King Institute of Preventive Medicine Micro-Biological Section reports 1909-11
Year: 1909
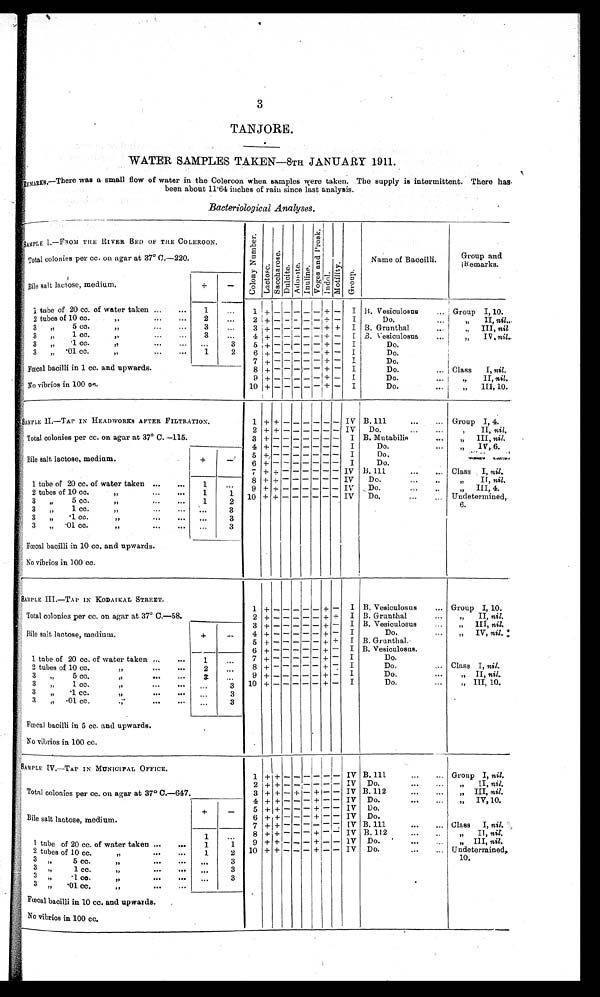
3
TANJORE.
WATER SAMPLES TAKEN—8TH JANUARY 1911.
REMARKS —There was a small flow of water in the Coleroon when samples were taken. The supply is intermittent.
There has been about 11.64 inches of rain since last analysis.
Bacteriological Analyses.
SAMPLE I.—FROM THE RIVER BED OF THE COLEROON.
C o l o n y N u m b e r .
La c t o s e . S a c c h a r o s e . Du l c i t e . Ad o n i t e . I nul i ne . V o g e s a n d P r o s k .
I ndol . Mo t i l i t y .
Gr oup.
N a m e o f B a c c i l l i .
Group and
Remarks.
Total colonies per cc. on agar at 37° C.—220.
Bile salt lactose, medium.
+
-
1 tube of 20 cc. of water taken ... ...
1
. . .
1 + - - - - - + - I B. Vesiculosus
... Group I, 10.
2 tubes of 10 cc.
„
...
2
. . .
2 + - - - - - + - I
Do.
...
„ II, nil .
3 ,, 5 cc.
„ ... ...
3
...
3 + -
-
- - - + + I B. Grunthal
„ III, nil
3 „ 1 cc.
„
3
...
4 +
-
- - - - + - I B. Vesiculosus
„ IV, nil.
3 „ .1 cc.
,,
...
... ...
3
5 + - -
- -
-
+ - I
Do.
3 „ .01 cc.
,,
...
...
1 2
6 + - - - - - + - I
Do.
7 + - - - - - + - I
Do.
Fœc a l ba c i l l i i n 1 c c . a nd upwa r ds .
8 + - - - - - + - I
Do.
... Class I, nil.
9 + - - - - - + - I
Do.
...
,, II, nil.
No vibrios in 100 cc.
10 + - - - - - + - I
Do.
„ I I I , 1 0 .
SAMPLE II.—TAP IN HEADWORKS AFTER FILTRATION.
1 +
+ - - - - - -
IV B. 111
...
... Group I, 4.
2 +
+ - - - - - - IV Do. . . .
. . . „ II, nil.
Total colonies per cc. on agar at 37° C. —115.
3 + - - - - - - - I B. Mutabilis
. . . „ III, nil.
4 + - - - - - - - I
Do.
... „ IV, 6.
Bile salt lactose, medium.
+
- 5 + - - - - - - - I
Do.
6 + - - - - - - - I
Do.
7 +
+ - - - - - - IV B. 111
... Class I, nil.
1 tube of 20 cc. of water taken ... ...
1
. . .
8 +
+ - - - - - - IV Do.
...
..
„ Il, nil.
2 tubes of 10 cc. ,, ... 1
1
9 + + - - - - - IV Do,
„ I I I , 4 .
3 „ 5 cc.
„ „
1
2 10 + + - - - - - - I V
D o . Undetermined,
6.
3 „ 1 cc. ...
„
. . .
3
3 „ .1 cc.
„ ... ...
. . .
3
3 „ .01 cc.
„ ...
. . .
3
Fœcal bacilli in 10 cc. and upwards.
No vibrios in 100 cc.
SAMPLE III.—TAP IN KODAIKAL STREET.
1 + - - - - - + - I B. Vesiculosus
... Group I, 10 .
Total colonies per cc. on agar at 37° C.—58.
2 + - - - - - + + I B. Grunthal
„ I I ,
n i l .
Bile salt lactose, medium.
+
-
3 + - - - - - + - I B. Vesiculosus
„ III, nil.
4 + - - - - - + - I
Do.
„ I V ,
n i l .
5 + -
- - - - + + I B. Grunthal.
6 + - - - - - + - I B. Vesiculosus.
1 tube 20 cc of water taken ...
...
1
. . . 7 + - - - - - + - I
Do.
2 tubes of 10 cc.
„...
...
2
. . .
8 + - - -
- - + - I
Do.
.. Class I, nil.
3 „ 5 cc.
„ . . .
. . .
3
. . .
9 + - - - - - + - I
Do.
...
„ II, nil.
3 „ 1 cc. „ . . .
. . .
. . .
3 10 + - - - - - + - I
Do.
...
„ III, 10.
3 „ .1 cc.
„
...
. . . ...
3
3 „ .01 cc.
„ ... ...
3
Fœcal bacilli in 5 cc. and upwards.
No vibrios in 100 cc.
SAMPLE IV.—TAP IN MUNICIPAL OFFICE.
1
+
+
- - - - - -
IV B. 111
...
... Group I, nil.
Total colonies per cc. on agar at 37° C.—647.
2 + + - - - - - - IV Do.
...
... „ II, nil.
3 + + - + - + - - IV B. 112
...
... „ III, nil.
Bile salt lactose, medium.
+
-
4 + + - - - + - - IV Do.
... ...
„ IV,10.
5 + + - - - + - - IV Do.
6 + + - - - + - - IV Do.
7 + + - - - - - - IV B. 111
... ... Class I, nil.
1 tube of 20 cc. of water taken ... ...
1
...
8 + + - - - + - - IV B. 112
...
..
,, II, nil.
9 + + - - - + - - I V Do.
...
„ III, nil.
2 tubes of 10 cc.
„ ... ...
1
1 10 + + - - - + - - IV Do.
... Undetermined,10.
3 „ 5 cc.
„ ... ...
1
2
3 „ 1 cc.
„
. . .
3
3 „ .1 cc.
„ ... ...
...
3
3 „ .01 cc.
„
...
...
. . .
3
Fœcal bacilli in 10 cc. and upwards.
No vibrios in 100 cc.